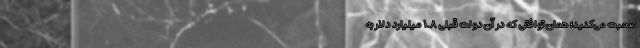
صحبت می‌کنید؛ همان توافقی که در آن دولت قبلی ۱.۸ میلیارد دلار به